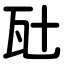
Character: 瓧